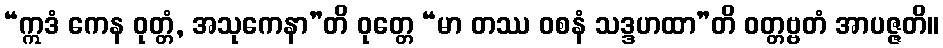
“ဣဒံ ကေန ဝုတ္တံ, အသုကေနာ”တိ ဝုတ္တေ “မာ တဿ ဝစနံ သဒ္ဒဟထာ”တိ ဝတ္တဗ္ဗတံ အာပဇ္ဇတိ။